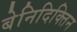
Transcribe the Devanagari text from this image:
बेनिदिक्तिन